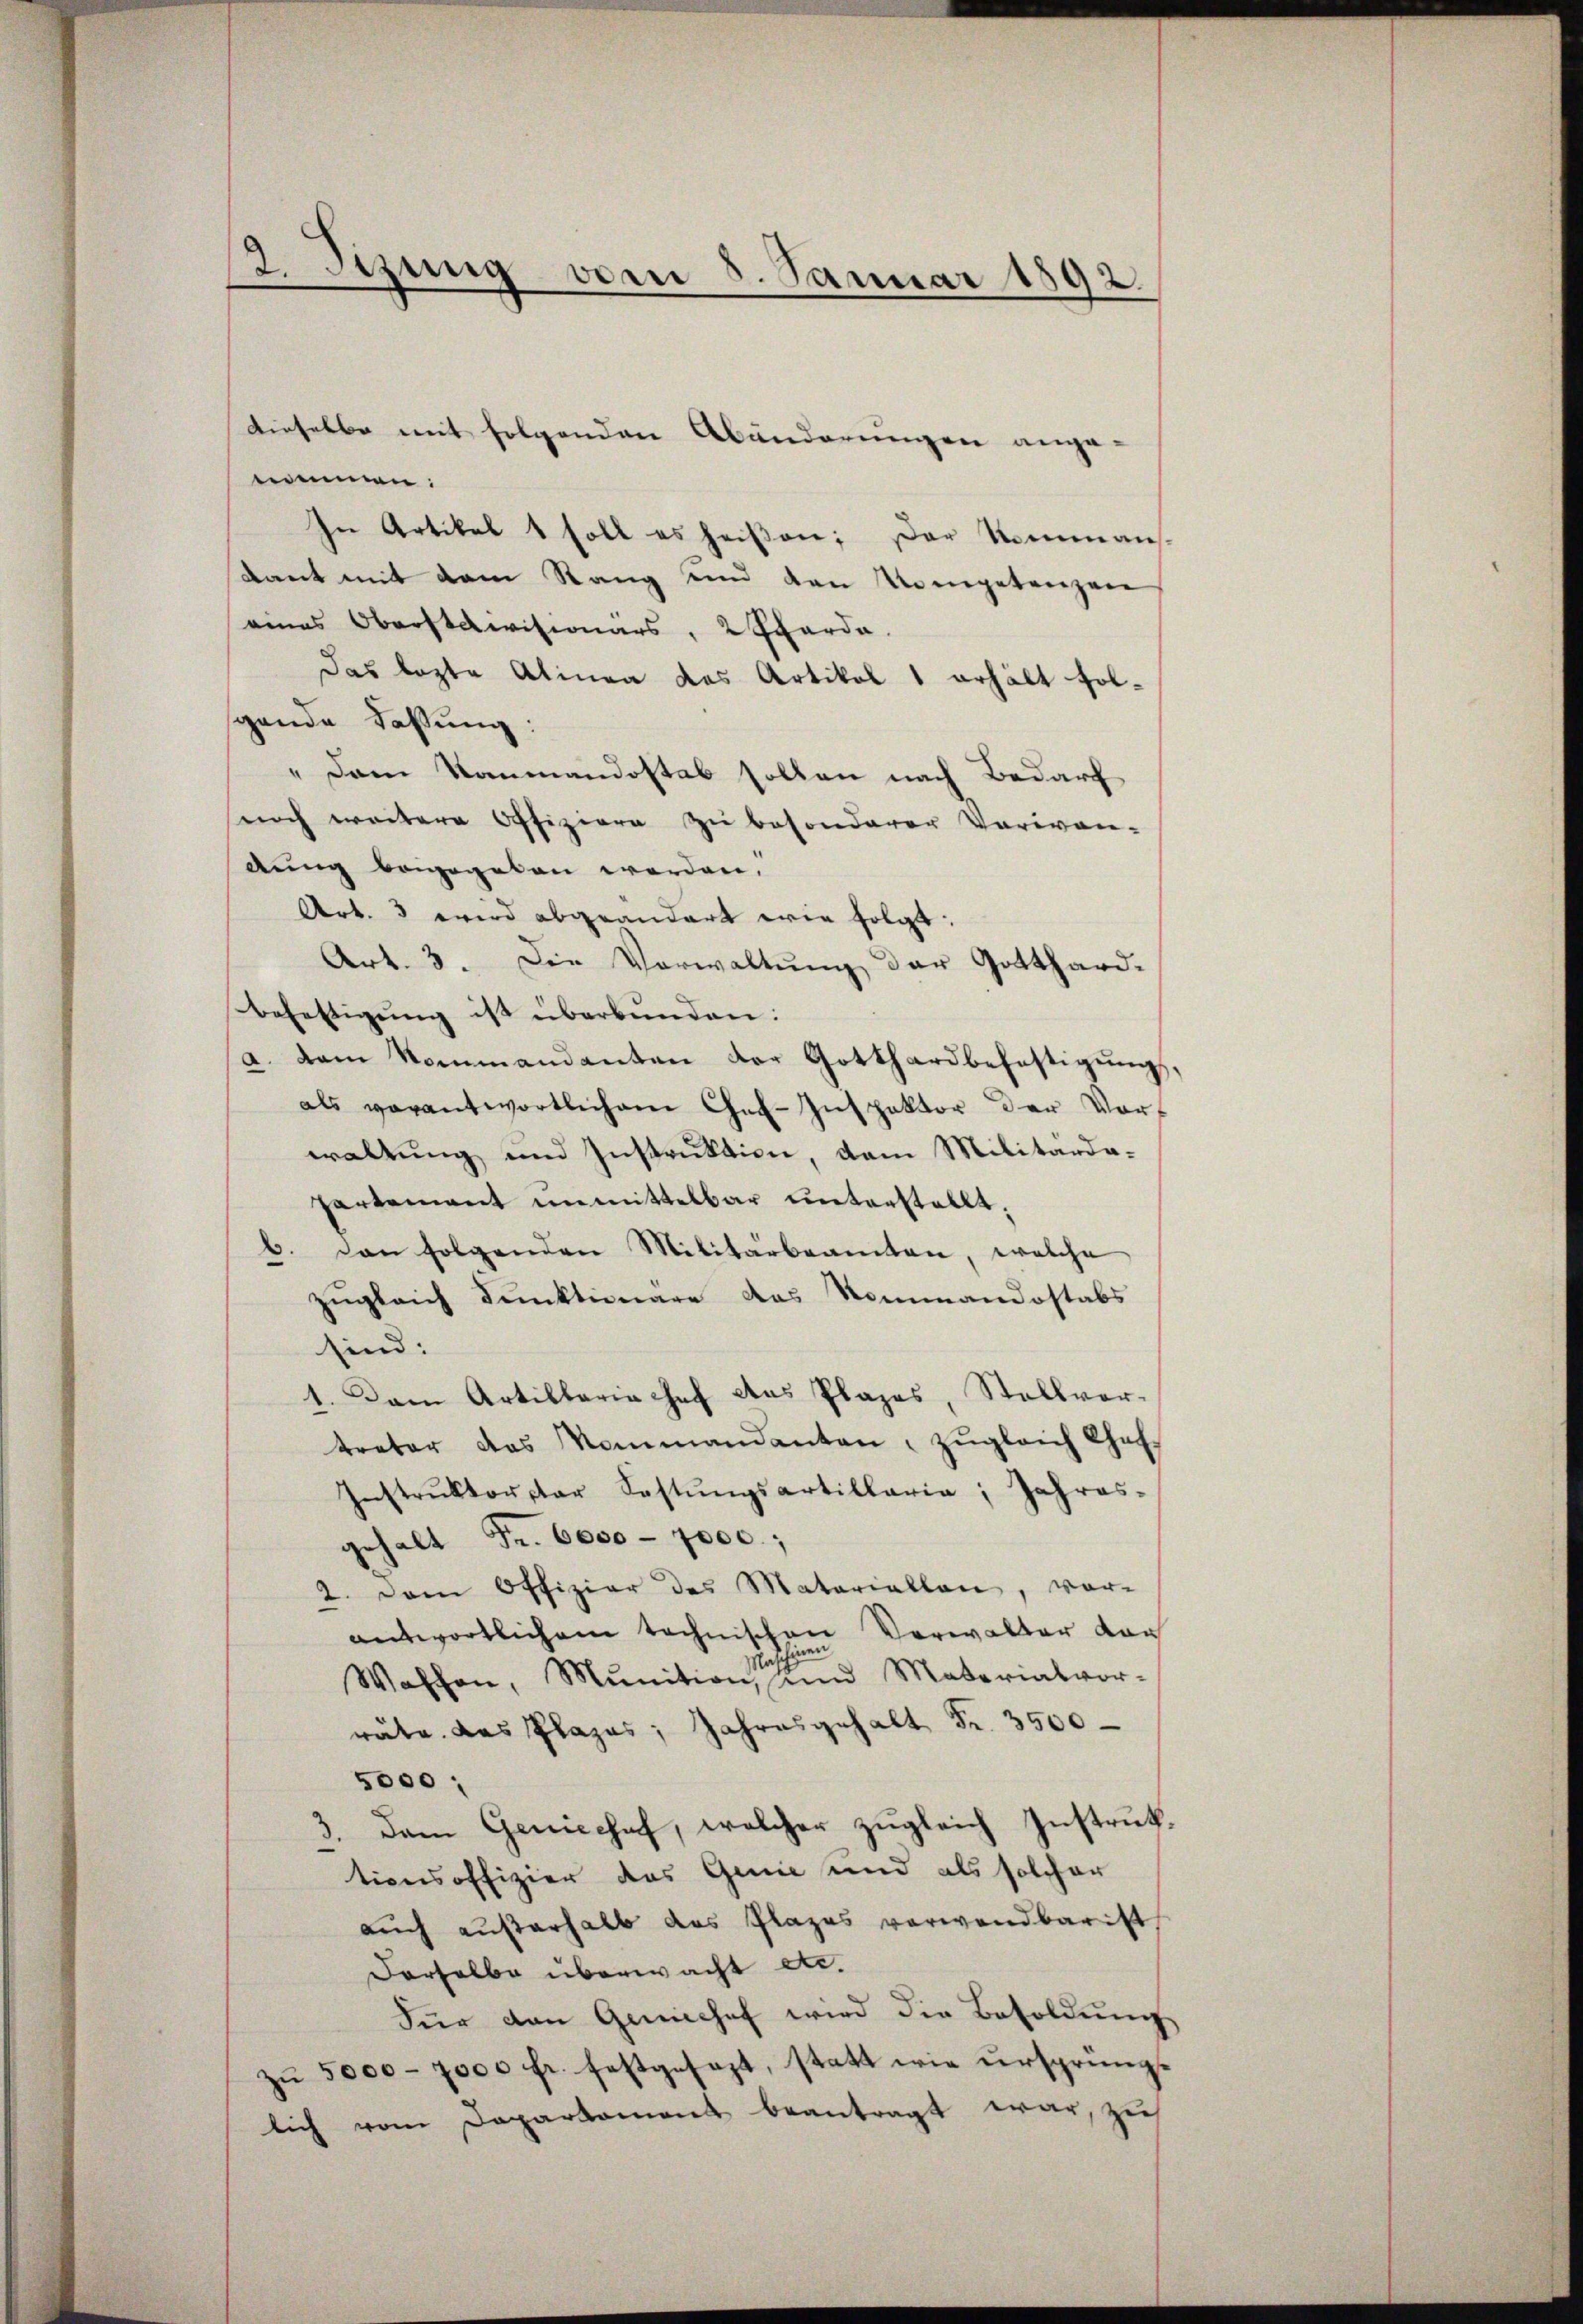
2. Sitzung vom 5. Januar 1892

nommen:
In Artikel 1 soll es heiβen; der Kommans-
Bant mit dem Rang und den Kompetenzen
eines Oberstaevisionars, 2 Sarde.
Das lezte Alinea das Artikel 1 erhält folsgande Fassung:
" dem Rammandostab sollen nach Bedarf
noch weitere Offiziere zu besonderer Varian-
dung beigegeben werden,
Art. 3 wird abgeändert wie folgt:
Art. 3. Die Verwaltung der Gotthard-
befettigŭng ist überbŭnden:
a. dem Kommandanten der Gotthardbefestigŭngs
als vorantwortlichem Chef-Inspektor der Vor-
waltung und Instruktion, dem Militardapartement unmittelbar unterstellt;
6. den folgenden Militärbeamten, welche
zugleich dunktionare das Nommandostabs
sind:
1. Dann Artillaria Chef das Plazes, Stellver-
treter das Kommandanten zŭgleich Chaf-
Instrŭktor par Festŭngsartillaria, Jahres-
gehalt Fr. 6000 - 7000;
2. Dem Offizier des Materiallen, vor-
antwortlichem technischen Verwalter dan
n
Waffen, Munition, und Materialvor-
räte das Plazes; Jahresgehalt Fr. 3500
5000 :
3. Dem Geniechef, welcher zugleich Instruktionsoffizier das Genie und als solcher
auch außerhalb das Plazes verwendbar ist
Derselbe überwacht etc.
Für den Gewichef wird die Besoldung
zŭ 5000 - 7000 fr. festgesezt, statt wie ursprüng-
lich vom Departement beantragt war, zu

dieselbe mit folgenden Abänderungen ange-